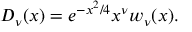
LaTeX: D _ { \nu } ( x ) = e ^ { - x ^ { 2 } / 4 } x ^ { \nu } w _ { \nu } ( x ) .